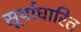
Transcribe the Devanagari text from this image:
सूर्याधारित